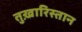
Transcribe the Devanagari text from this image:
तुख़ारिस्तान